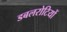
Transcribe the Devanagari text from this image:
डबलरोटियों